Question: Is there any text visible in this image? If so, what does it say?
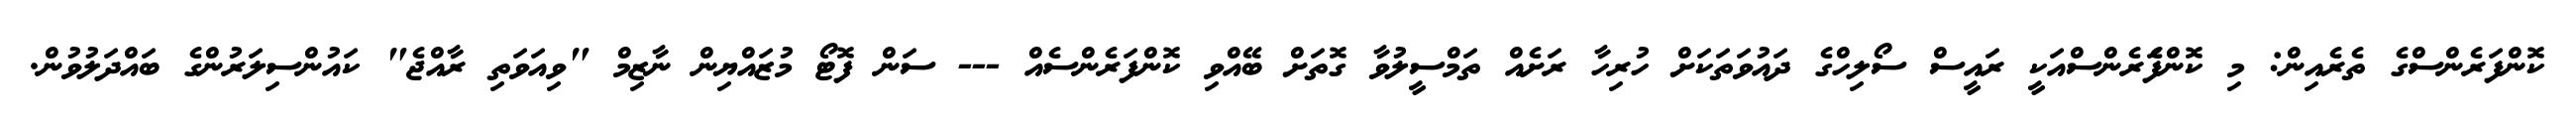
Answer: ކޮންފަރެންސްގެ ތެރެއިން: މި ކޮންފެަރެންސްއަކީ ރައީސް ސޯލިހްގެ ދައުވަތަކަށް ހުރިހާ ރަށެއް ތަމްސީލުވާ ގޮތަށް ބޭއްވި ކޮންފަރެންސެއް --- ސަން ފޮޓޯ މުޒައްޔިން ނާޒިމް "ވިއަވަތި ރާއްޖެ" ކައުންސިލަރުންގެ ބައްދަލުވުން.